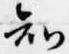
知